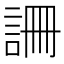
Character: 𧧚